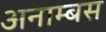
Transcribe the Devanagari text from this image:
अनाम्बस